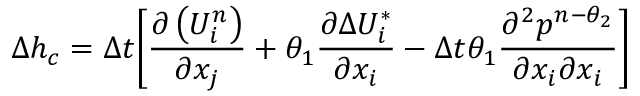
\Delta { { h } _ { c } } = \Delta t { { \left[ \frac { \partial \left( U _ { i } ^ { n } \right) } { \partial { { x } _ { j } } } + { { \theta } _ { 1 } } \frac { \partial \Delta U _ { i } ^ { * } } { \partial { { x } _ { i } } } - \Delta t { { \theta } _ { 1 } } \frac { { { \partial } ^ { 2 } } { { p } ^ { n - { { \theta } _ { 2 } } } } } { \partial { { x } _ { i } } \partial { { x } _ { i } } } \right] } }